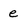
Character: e